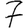
Digit: 7